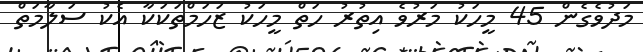
މަދުވެގެން 45 މީހަކު މަރުވެ އިތުރު ހަތް މީހަކު ޒަހަމްތަކަކާ އެކު ސަލާމަތް